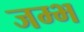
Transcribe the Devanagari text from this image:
जम्भ